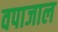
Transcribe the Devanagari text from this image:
वपाजाल